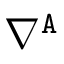
\nabla ^ { \mathtt { A } }